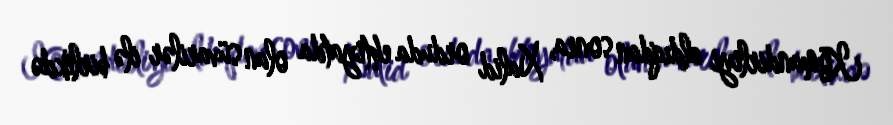
Komandirliyi aldıqdan sonra, Xalid orduda ehtiyatda olan süvarilər ilə birlikdə